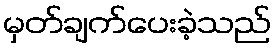
မှတ်ချက်ပေးခဲ့သည်